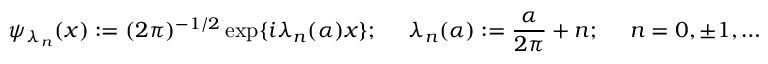
\psi _ { \lambda _ { n } } ( x ) : = ( 2 \pi ) ^ { - 1 / 2 } \exp \{ i \lambda _ { n } ( \alpha ) x \} ; ~ ~ ~ ~ \lambda _ { n } ( \alpha ) : = \frac { \alpha } { 2 \pi } + n ; ~ ~ ~ ~ n = 0 , \pm 1 , \ldots